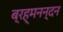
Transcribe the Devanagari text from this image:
ब्रह्मनन्दन